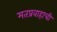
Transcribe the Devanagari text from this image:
मतप्रवाहाची